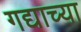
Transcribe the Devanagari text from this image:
गद्याच्या